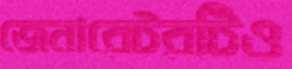
জেনারেটরটিও